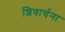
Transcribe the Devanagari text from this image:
शिवार्चना